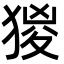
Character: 猣